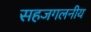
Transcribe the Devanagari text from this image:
सहजगलनीय